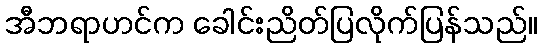
အီဘရာဟင်က ခေါင်းညိတ်ပြလိုက်ပြန်သည်။